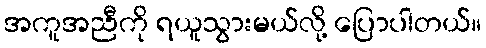
အကူအညီကို ရယူသွားမယ်လို့ ပြောပါတယ်။